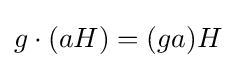
g\cdot (aH)=(ga)H